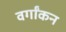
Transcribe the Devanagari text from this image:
वर्गांकन